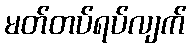
မတ်တပ်ရပ်လျက်